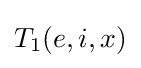
T_{1}(e,i,x)